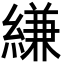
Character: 縑